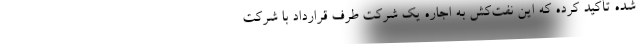
شده تأکید کرده که این نفت‌کش به اجاره یک شرکت طرف قرارداد با شرکت